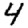
Digit: 4